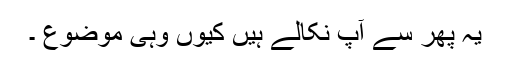
یہ پھر سے آپ نکالے ہیں کیوں وہی موضوع ۔